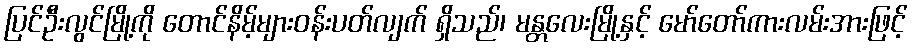
ပြင်ဦးလွင်မြို့ကို တောင်နိမ့်များဝန်းပတ်လျက် ရှိသည်၊ မန္တလေးမြို့နှင့် မော်တော်ကားလမ်းအားဖြင့်